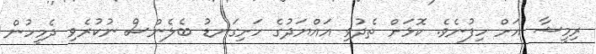
ރިމީޝާ އަށް ހިފުނެވެ. ކޮޅަށް ތެދުވި އައްޔަދުގެ ހަށިގަނޑު ބެލެންސް ނުކުރެވި ދެމީހުން